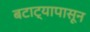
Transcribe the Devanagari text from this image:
बटाट्यापासून